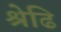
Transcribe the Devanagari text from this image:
श्रेढि